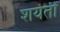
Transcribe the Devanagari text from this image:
शर्यतीं